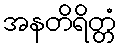
အနတိရိတ္တံ